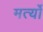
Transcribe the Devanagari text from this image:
मर्त्यो